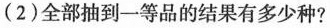
(2)全部抽到一等品的结果有多少种?